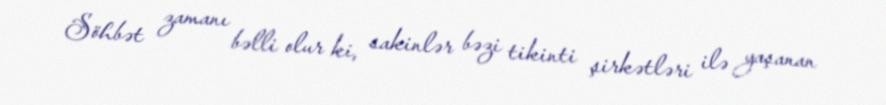
Söhbət zamanı bəlli olur ki, sakinlər bəzi tikinti şirkətləri ilə yaşanan